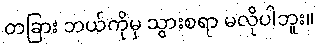
တခြား ဘယ်ကိုမှ သွားစရာ မလိုပါဘူး။